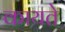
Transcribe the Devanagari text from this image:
कायते